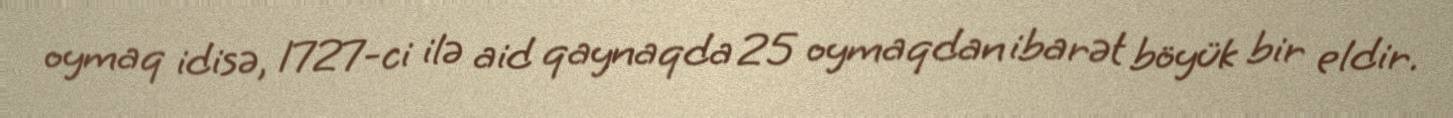
oymaq idisə, 1727-ci ilə aid qaynaqda 25 oymaqdan ibarət böyük bir eldir.